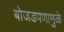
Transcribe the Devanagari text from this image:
बोजडपणामुळे